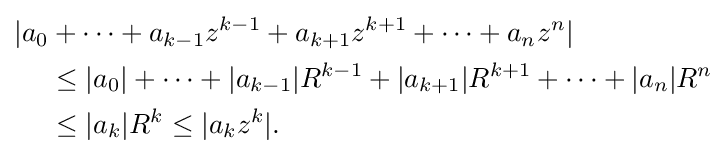
{\begin{aligned}|a_{0}&+\cdots +a_{k-1}z^{k-1}+a_{k+1}z^{k+1}+\cdots +a_{n}z^{n}|\\&\leq |a_{0}|+\cdots +|a_{k-1}|R^{k-1}+|a_{k+1}|R^{k+1}+\cdots +|a_{n}|R^{n}\\&\leq |a_{k}|R^{k}\leq |a_{k}z^{k}|.\end{aligned}}